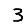
Digit: 3